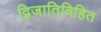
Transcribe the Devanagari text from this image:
द्विजातिविहित